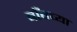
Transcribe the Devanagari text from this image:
बाँबच्या